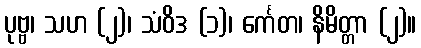
ပုဗ္ဗ၊ သဟ (၂)၊ သံဝိဒ (၁)၊ င်္ကေတ၊ နိမိတ္တာ (၂)။